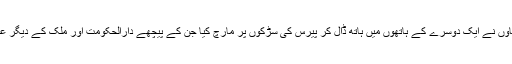
"یکجہتی ریلی' میں شریک درجنوں عالمی رہنماؤں نے ایک دوسرے کے ہاتھوں میں ہاتھ ڈال کر پیرس کی سڑکوں پر مارچ کیا جن کے پیچھے دارالحکومت اور ملک کے دیگر علاقوں سے آنے والے لاکھوں افراد موجود تھے۔